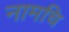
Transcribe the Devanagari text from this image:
नामचि